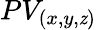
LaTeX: PV_{(x,y,\mathit{z})}